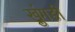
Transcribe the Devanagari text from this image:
ख्रुंगङी